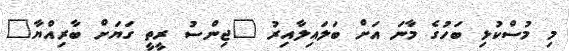
މި މުސްކުޅި ބަހުގެ މާނަ އަށް ބަލައިލާއިރު "ޖިންސު ރީތީ ގަޔަށް ބާރިއްޔާ"